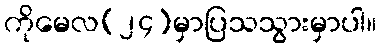
ကိုမေလ(၂၄)မှာပြသသွားမှာပါ။